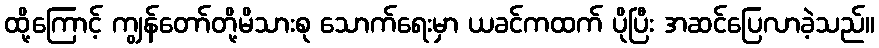
ထို့ကြောင့် ကျွန်တော်တို့မိသားစု သောက်ရေးမှာ ယခင်ကထက် ပိုပြီး အဆင်ပြေလာခဲ့သည်။